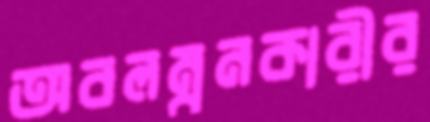
অবলম্বনকারীর